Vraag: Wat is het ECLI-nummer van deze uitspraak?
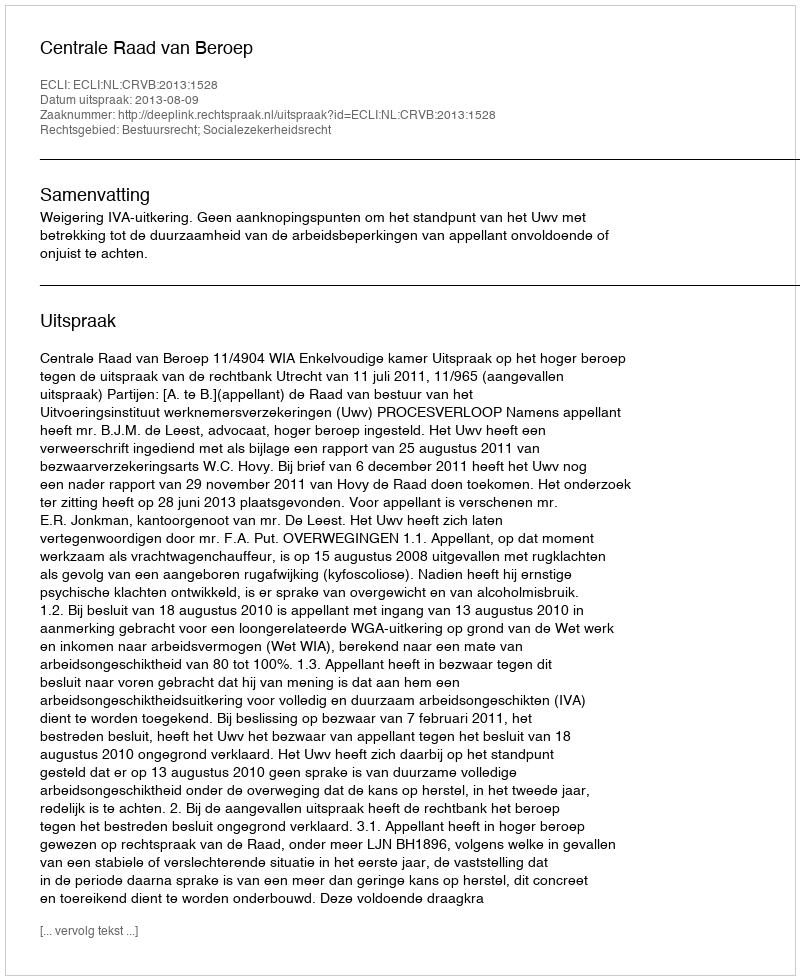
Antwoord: ECLI:NL:CRVB:2013:1528